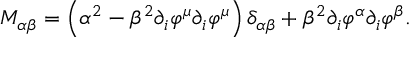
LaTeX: M _ { \alpha \beta } = \left( \alpha ^ { 2 } - \beta ^ { 2 } \partial _ { i } \varphi ^ { \mu } \partial _ { i } \varphi ^ { \mu } \right) \delta _ { \alpha \beta } + \beta ^ { 2 } \partial _ { i } \varphi ^ { \alpha } \partial _ { i } \varphi ^ { \beta } .